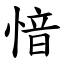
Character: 愔